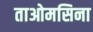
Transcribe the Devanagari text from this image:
ताओमसिना